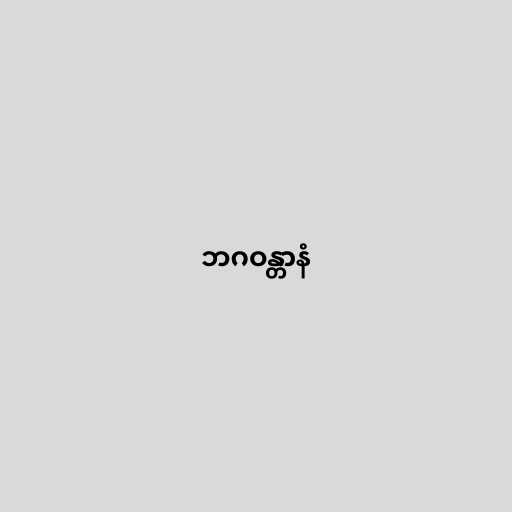
ဘဂဝန္တာနံ